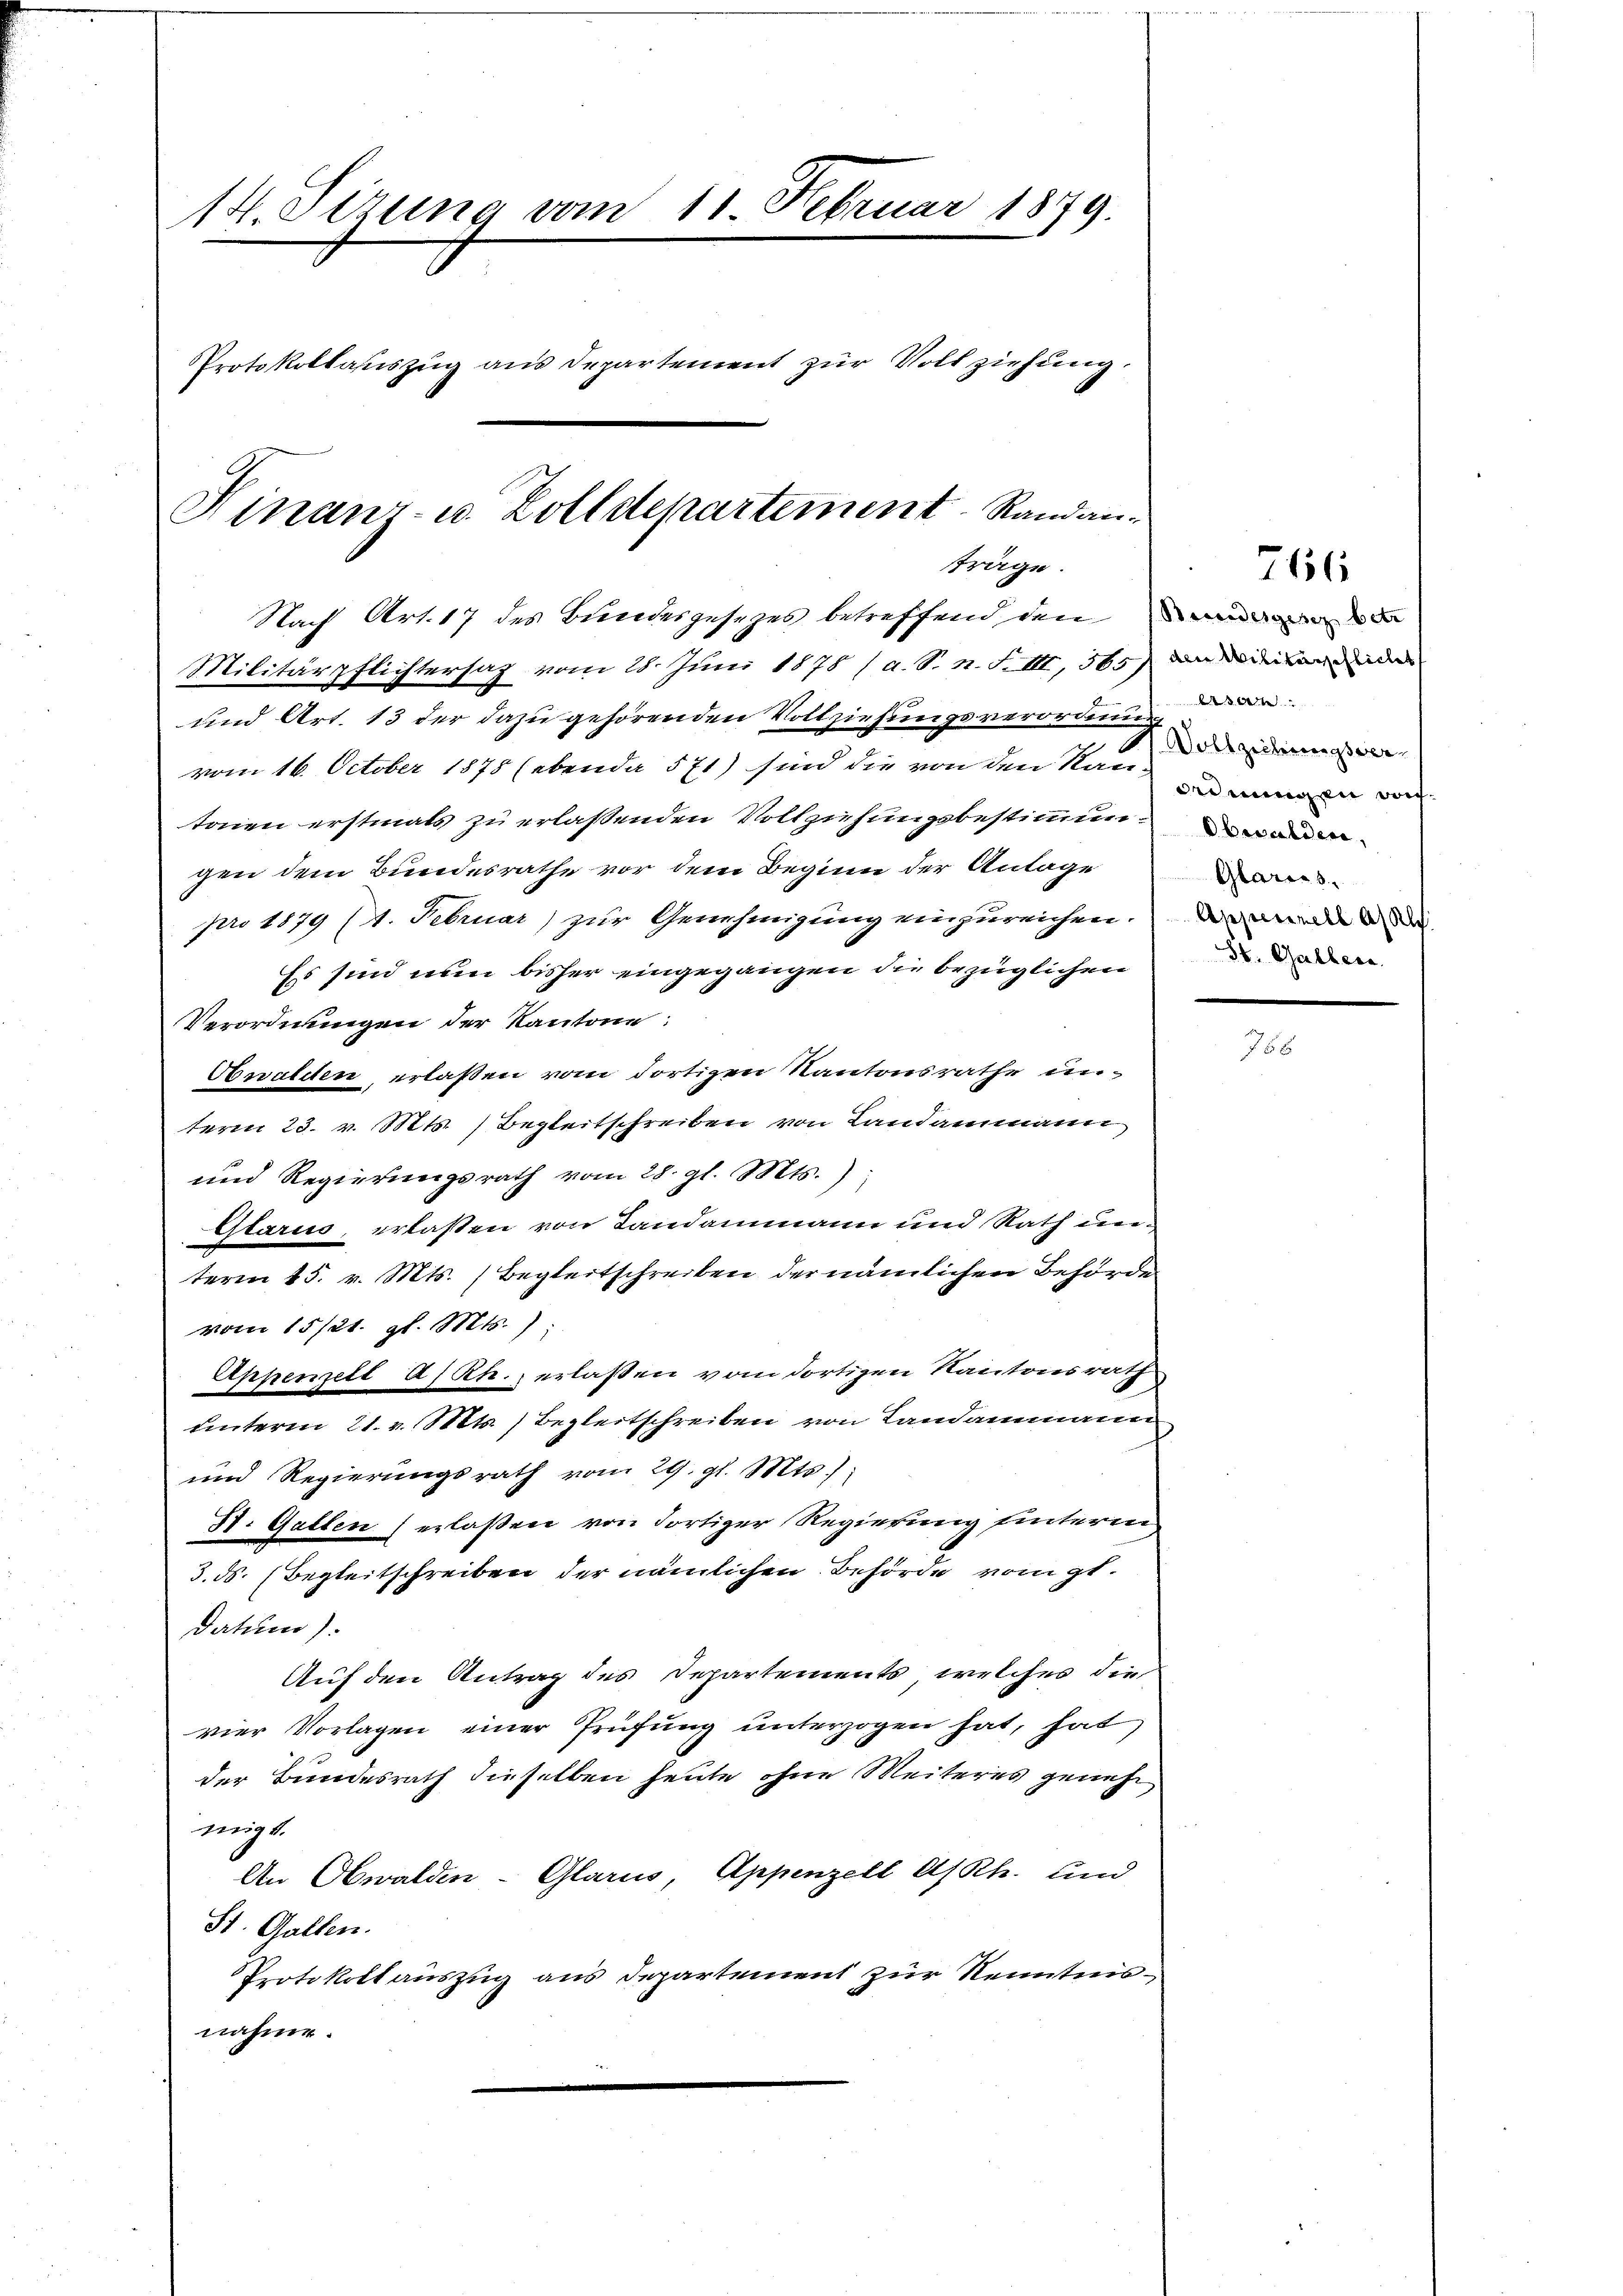
14. Sizung vom 11. Februar 1879.
Protokollauszug aus Departement zur Vollziehung.
Hinanz- u. Zolldepartement Randan-

träge.
Nach Art. 17 des Bundesgesetzes betreffend den

Militärpflichtersaz vom 28. Juni 1878 / a. S. N. F. III, 565) an diesende
und Art. 13 der dazu gehörenden Vollziehungsverordnung
vom 16. October 1875 (ebenda 571) sind die von den Rau
tonen erstmals zu erlaßenden Vollziehungsbestimmungen dem Bundesrathe vor dem Beginn der Anlage
pro 1879 (A. Februar) zur Genehmigung einzureichen.
Es sind nun bisher eingegangen die bezüglichen
Verordnungen der Kantone:
Obwalden, erlaßen vom dortigen Kantonsrathe unterm 23. v. Mts. Begleitschreiben von Landammann
und Regierungsrath vom 28. gl. Mts.):
Glarus, erlaßen von Landammann und Rath unterm 15. v. Mts. (Begleitschreiben der nämlichen Behörde
vom 15./21. gl. Mts.)
Appenzell a/Rh. erlaßen vom dortigen Kantonsrath
unterm 21. v. Mts. Begleitschreiben von Landammann
und Regierungsrath vom 29. gl. Mts.
St. Gallen erlaßen von dortiger Regierung hinterm
3. ds. (Begleitschreiben der nämlichen Behörde von gt.
datum).
Auf den Antrag des Departements, welches die
vier Vorlagen einer Prüfung unterzogen hat, hat
der Bundesrath dieselben heute ohne Meiteres geneh
migt.
An Obwalden- Glarus, Appenzell A/Rh. und
St. Gallen.
Protokoll auszug aus Departement zur Kenntnisnahme.

7156

.20
Vollzieherigen
adnungen doch
Oberalden,
Glarus.
Anpennell A. Al.
St. Gallen.